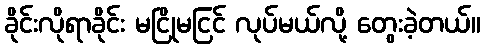
ခိုင်းလိုရာခိုင်း မငြိုမငြင် လုပ်မယ်လို့ တွေးခဲ့တယ်။